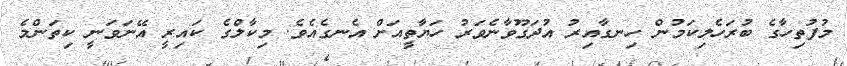
މުފުތިހާގެ ބުރަހެލިކަމުން ހިނގާއިރު އުދަގޫވާނެވަރު ހަޔާތީއަށް އެނގެއެވެ. މިކާލްގެ ކައިރީ އޭނަވަނީ ކިތަންމެ